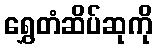
ရွှေတံဆိပ်ဆုကို